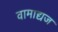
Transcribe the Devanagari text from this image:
वामाद्यज